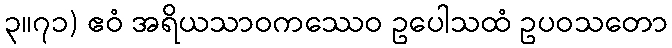
၃။၇၁) ဧဝံ အရိယသာဝကဿေဝ ဥပေါသထံ ဥပဝသတော